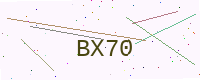
Text: BX70